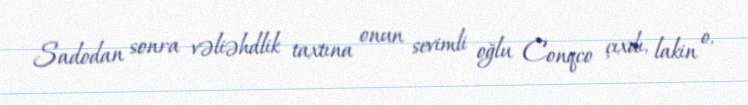
Sadodan sonra vəliəhdlik taxtına onun sevimli oğlu Conqco çıxdı, lakin o,